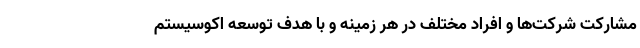
مشارکت شرکت‌ها و افراد مختلف در هر زمینه و با هدف توسعه اکوسیستم